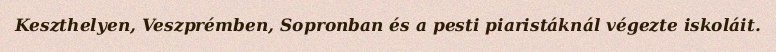
Keszthelyen, Veszprémben, Sopronban és a pesti piaristáknál végezte iskoláit.